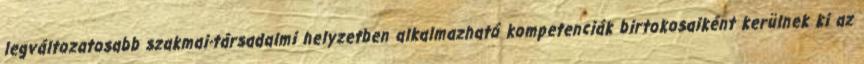
legváltozatosabb szakmai-társadalmi helyzetben alkalmazható kompetenciák birtokosaiként kerülnek ki az